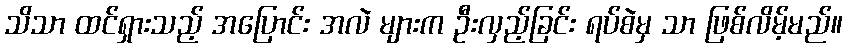
သိသာ ထင်ရှားသည့် အပြောင်း အလဲ များက ဦးလှည့်ခြင်း ရပ်စဲမှ သာ ဖြစ်လိမ့်မည်။